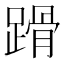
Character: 𨃴